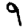
Digit: 9